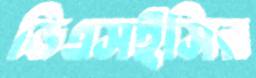
ডিএসইসির